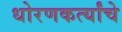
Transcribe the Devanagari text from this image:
धोरणकर्त्यांचे